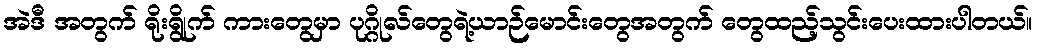
အဲဒီ အတွက် ရိုးရွိုက် ကားတွေမှာ ပုဂ္ဂိုလ်တွေရဲ့ယာဉ်မောင်းတွေအတွက် တွေထည့်သွင်းပေးထားပါတယ်။